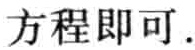
方程即可.